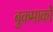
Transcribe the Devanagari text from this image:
बुकमार्कों